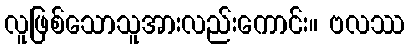
လူဖြစ်သောသူအားလည်းကောင်း။ ဗလဿ